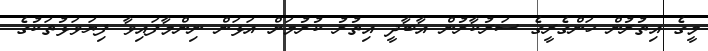
މީގެ އިތުރުން ހަންގެރީގެ ސަރުކާރުން އާބާދީ އިތުރު ކުރުމަށް އަޅަން ނިންމާފައިވާ ފިޔަވަޅުތަކުގެ